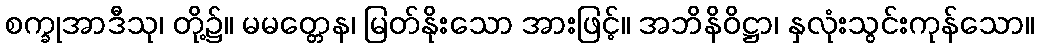
စက္ခုအာဒီသု၊ တို့၌။ မမတ္တေန၊ မြတ်နိုးသော အားဖြင့်။ အဘိနိဝိဋ္ဌာ၊ နှလုံးသွင်းကုန်သော။